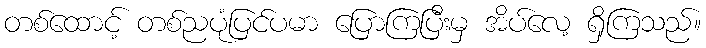
တစ်ထောင့် တစ်ညပုံပြင်ပမာ ပြောကြပြီးမှ အိပ်လေ့ ရှိကြသည်။